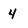
Character: 4